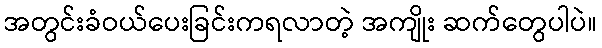
အတွင်းခံဝယ်ပေးခြင်းကရလာတဲ့ အကျိုး ဆက်တွေပါပဲ။